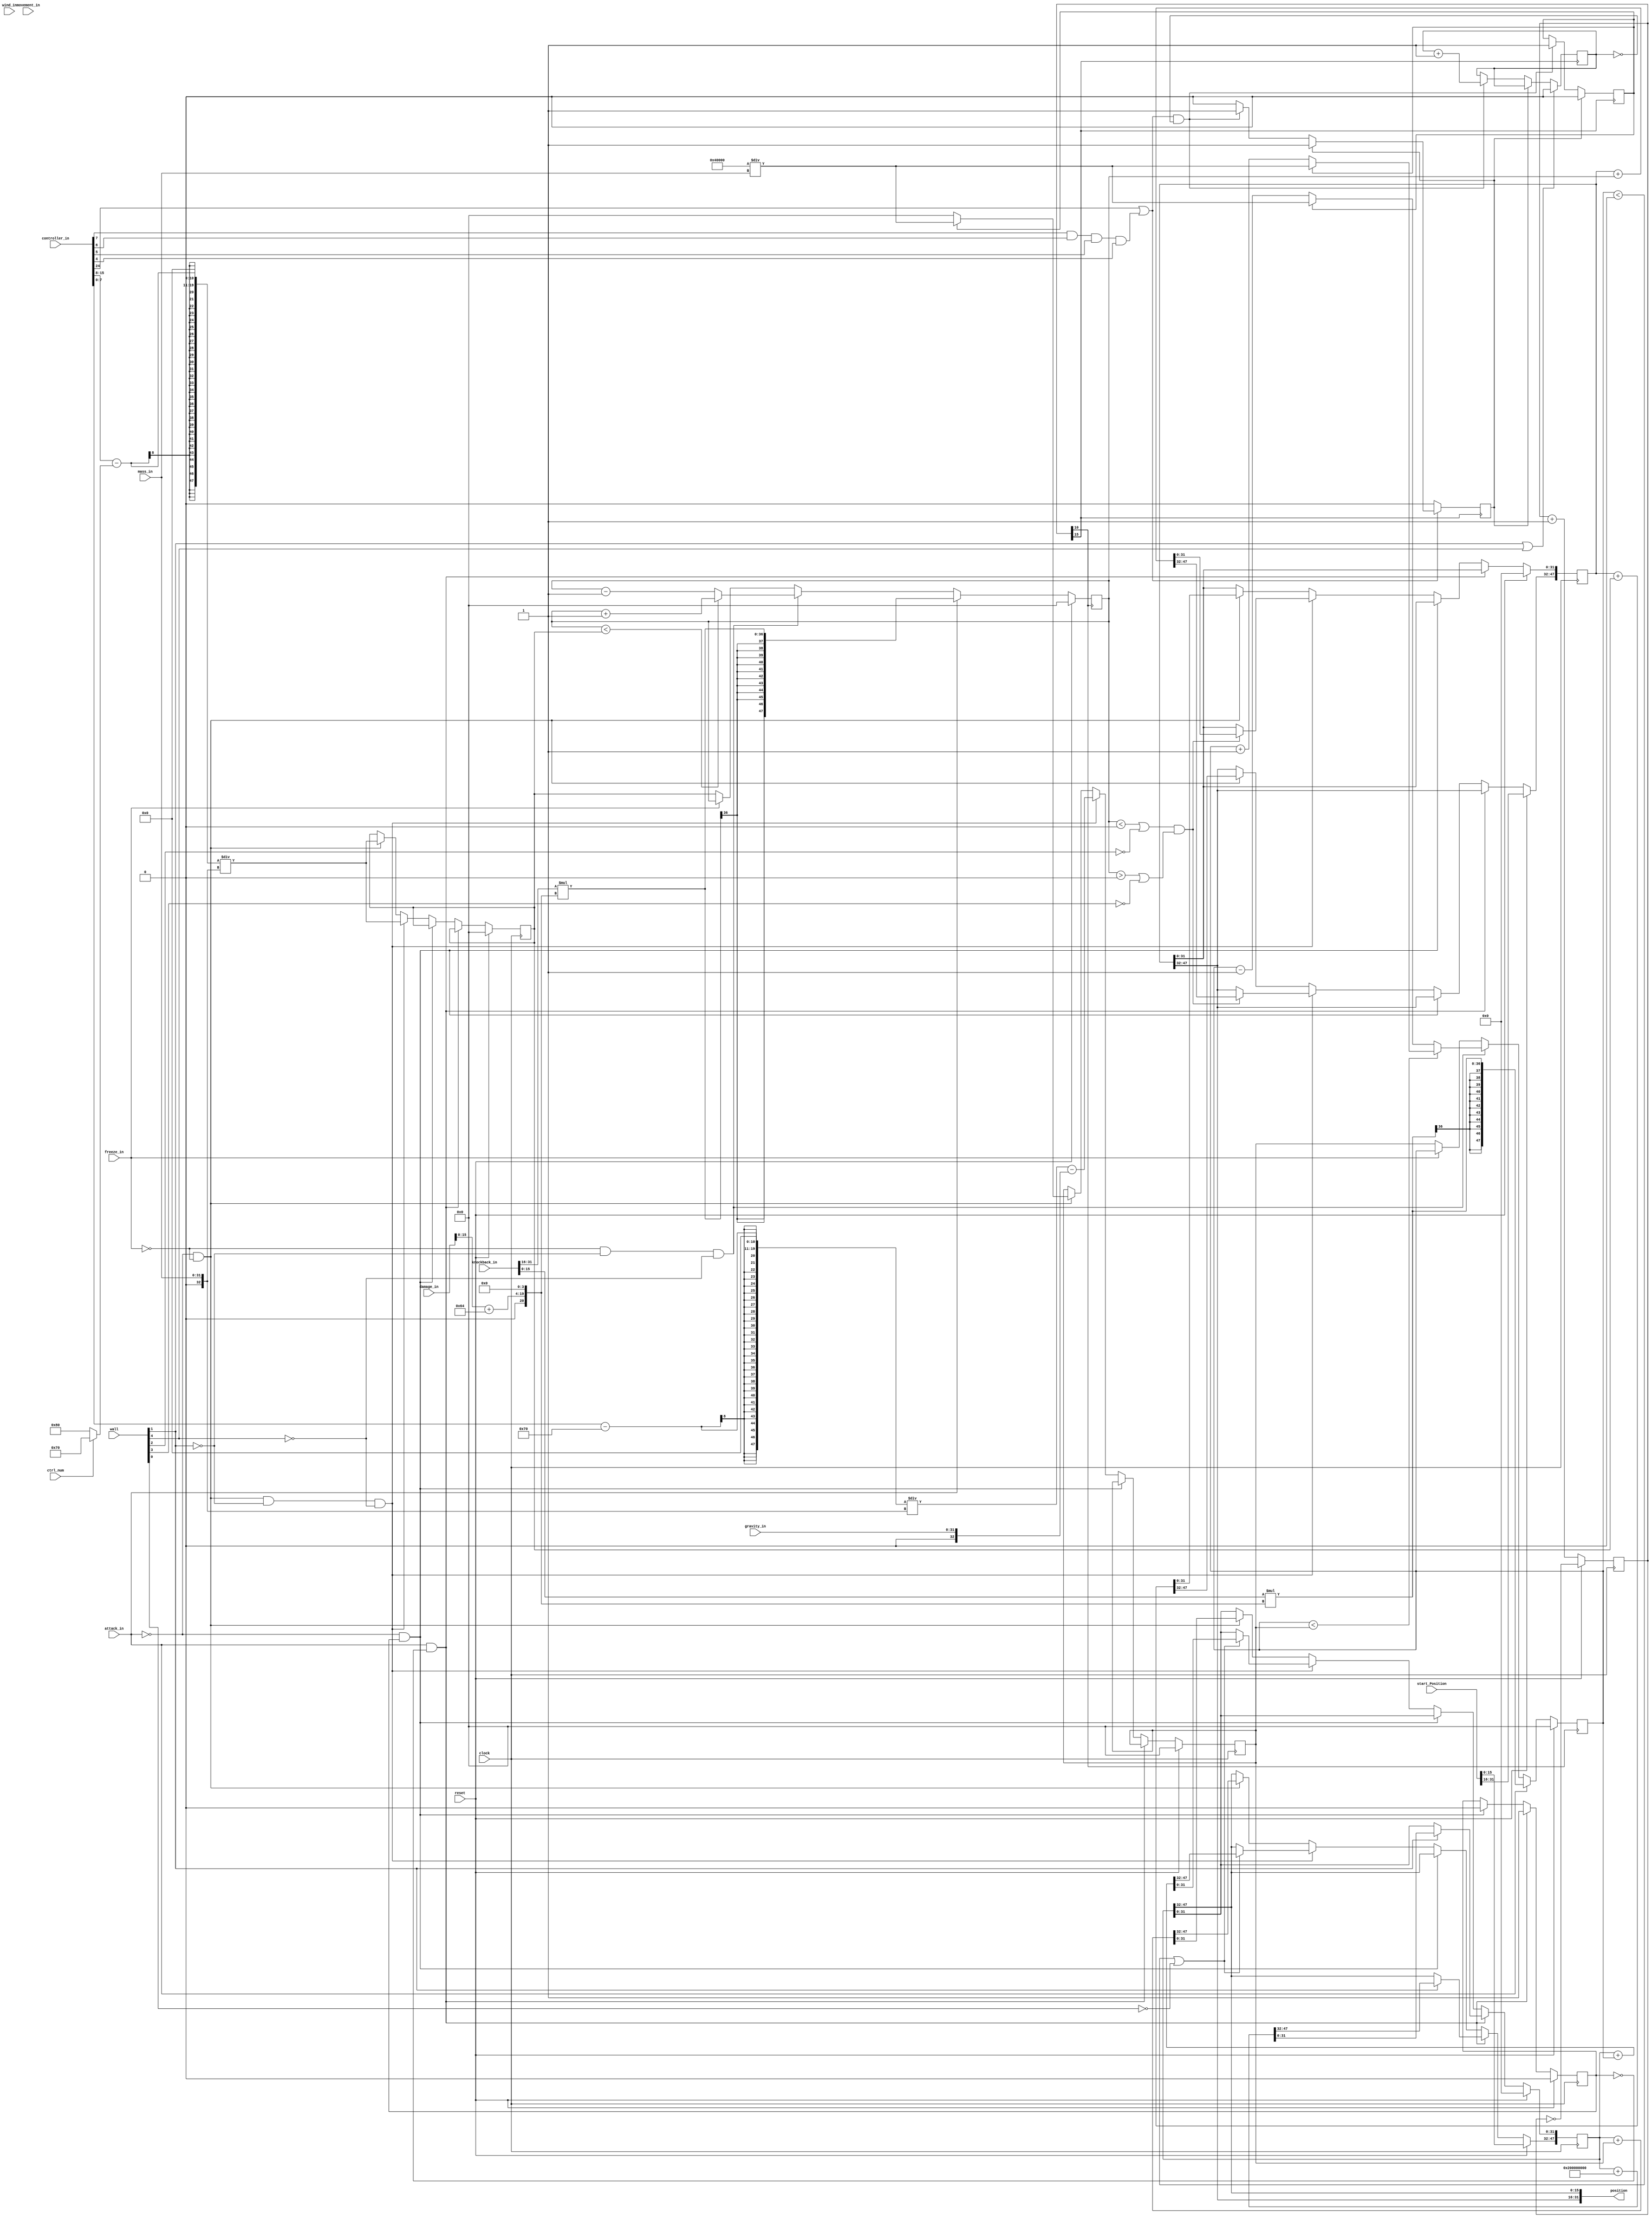
module physics_coprocessor(
	clock, reset, 			// Master clock, reset signals

	mass_in, gravity_in, wind_in, 	// Constants set for the player
	start_Position, 		// Starting position [x, y]

	controller_in, 			// Input from controller joystick
	knockback_in,			// Input from attack coprocessor
	attack_in,				// Input from attack coprocessor
	movement_in,			// Input from attack coprocessor
	damage_in,				// Input from register


	wall, 					// Hitting walls

	freeze_in,				// Holds player still
	
	ctrl_num,				// Indicates which joystick is used

	position 				// Output position [x, y]
);

	// Inputs
	input clock, reset;
	input [31:0] mass_in, gravity_in, wind_in;
	input [31:0] start_Position;
	input [31:0] controller_in, knockback_in, movement_in, damage_in;
	input [31:0] wall;
	input attack_in;
	input freeze_in;
	input ctrl_num;

	// Output Position
	output [31:0] position;

	// Input from Controller
	wire signed [8:0] joystick_x, joystick_y; // Unsigned values from 0 to 255 representing joystick position
	assign joystick_x[7:0] = controller_in[15:8];
	assign joystick_x[8] = 1'b0;
	assign joystick_y[7:0] = controller_in[7:0];
	assign joystick_y[8] = 1'b0;
	wire jump_pushed;
	wire platform_Thru;
	assign jump_pushed = controller_in[24] | (joystick_y[7] & joystick_y[6] & joystick_y[5] & joystick_y[4]); // Joystick Y 240 to 255 (up)
	assign platform_Thru = ~joystick_y[7] & ~joystick_y[6] & ~joystick_y[5] & ~joystick_y[4]; // Joystick Y 0 to 15 (down)
	
	// Input from Collisions
	wire wall_Left, wall_Right, wall_Up, wall_Down, platform_Down;
	assign wall_Left = wall[3];
	assign wall_Right = wall[2];
	assign wall_Up = wall[0];
	assign wall_Down = wall[1];
	assign platform_Down = wall[4];

	// Input Physics Parameters
	wire signed [47:0] mass, gravity, wind;
   wire signed [8:0] sjoy_x, sjoy_y;
	wire signed [47:0] damage_multiplier, move_x, move_y, kb_temp_x, kb_temp_y, knockback_x, knockback_y, movement_x, movement_y;
	assign mass[31:0] = mass_in;
	assign mass[47:32] = 16'b0;
	assign gravity[31:0] = gravity_in;
	assign gravity[47:32] = 16'b0;
	assign wind[31:0] = wind_in;
	assign wind[47:32] = 16'b0;
	assign sjoy_x = joystick_x - (ctrl_num ? 9'sb001110000 : 9'sb010000000); // Map joystick values to -128 to 127
	assign sjoy_y = joystick_y - 9'sb001110000; // Map joystick values to -128 to 127
	assign move_x[19:11] = sjoy_x;
	assign move_x[10:0] = 11'b0;
	assign move_y[19:11] = sjoy_y;
	assign move_y[10:0] = 11'b0;
	assign damage_multiplier[19:4] = damage_in[15:0] + 16'sd100;
	assign damage_multiplier[3:0] = 4'b0;
	assign damage_multiplier[47:20] = 28'b0;
	assign kb_temp_x[15:0] = knockback_in[31:16]; // Split knockback into x, y
	assign kb_temp_y[15:0] = knockback_in[15:0];
	assign movement_x[19:4] = movement_in[31:16]; // Split attack movement into x, y
	assign movement_y[19:4] = movement_in[15:0];
	assign movement_x[3:0] = 4'b0;
	assign movement_y[3:0] = 4'b0;
	genvar i;
	generate // Extend joystick, knockback values to 32 bit signed values
		for(i = 20; i < 48; i = i + 1) begin: signextend1
			assign move_x[i] = move_x[19];
			assign move_y[i] = move_y[19];
		end
		for(i = 16; i < 48; i = i + 1) begin: signextend2
			assign kb_temp_x[i] = knockback_in[31];
			assign kb_temp_y[i] = knockback_in[15];
		end
		for(i = 20; i < 48; i = i + 1) begin: signextend3
			assign movement_x[i] = movement_in[31];
			assign movement_y[i] = movement_in[15];
		end
	endgenerate
	assign knockback_x = kb_temp_x*damage_multiplier;
	assign knockback_y = kb_temp_y*damage_multiplier;

	 // X, Y position components
    reg signed [47:0] pos_x, pos_y;

    // Stored Values
    reg signed [47:0] vel_x, vel_y;
    reg signed [47:0] vel_x_t, vel_y_t;
	 
	 // Slowed clock for acceleration
	 reg [15:0] slowClock;
	 wire slowClockBit;
	 assign slowClockBit = slowClock[10];
	 always@(negedge clock) begin
		if(reset) slowClock <= ~slowClock;
		else slowClock <= slowClock + 16'd1;
	 end
	 
	 // Jump Control
	 reg jump, jump_prev, jump_count;
	 always@(posedge slowClock[15]) begin
	 		if(jump_prev) jump <= 1'b0;
			else if(jump_pushed & ~jump_count) begin
				jump <= 1'b1;
				jump_prev <= 1'b1;
				jump_count <= jump_count + 1'b1;
			end
			if(~jump_pushed) begin
				jump_prev <= 1'b0;
			end
			if(wall_Down | platform_Down) jump_count <= 1'b0;
	 end

    // Attack start, end
    reg attack_prev;

    // Separate input, output components
    assign position[31:16] = pos_x[47:32];
    assign position[15:0] = pos_y[47:32];

    // Update values every cycle
    always@(posedge clock) begin
	 
		// Reset
		if(reset) begin
			attack_prev <= 1'b0;
		   vel_x_t <= 48'b0;
			vel_y_t <= 48'b0;
			pos_x [47:32] <= start_Position[31:16];
			pos_x [31:0] <= 32'b0;
			pos_y [47:32] <= start_Position[15:0];
			pos_y [31:0] <= 32'b0;
		end
		
		// Knockback application when attacked
		else if(attack_in & ~attack_prev) begin
			attack_prev <= 1'b1;
			if(wall_Down) pos_y <= pos_y + 48'h000200000000;
		end
		else if(~attack_in & attack_prev) begin
			attack_prev <= 1'b0;
		end			

    	// Acceleration, position update for in air
    	else if(~attack_in & ~freeze_in & ~wall_Down & ~platform_Down) begin
    		vel_x_t <= move_x / mass;// - vel_x * vel_x * vel_x / wind;
    		vel_y_t <= move_y / mass - gravity;// - vel_y * vel_y * vel_y / wind;
    		if((vel_x < 48'sb0 | ~wall_Right) & (vel_x > 48'sb0 | ~wall_Left)) pos_x <= pos_x + vel_x;
    		if(vel_y < 48'sb0 | ~wall_Up) pos_y <= pos_y + vel_y;
    	end

    	// Acceleration, velocity update for on ground
    	else if(~attack_in & ~freeze_in) begin
    		vel_x_t <= move_x / mass;
    		vel_y_t <= jump ? (48'h000000040000 / mass) : 48'b0;
    		pos_x <= pos_x + vel_x_t;
         pos_y <= pos_y + vel_y_t;
    	end

    end
	 	 
	 always@(posedge slowClockBit) begin
				
		// Reset
		if(reset) begin
			vel_x <= 48'b0;
			vel_y <= 48'b0;
		end
		
		// Attack velocity update
		else if(attack_in) begin
			vel_x <= knockback_x;
			vel_y <= knockback_y;
		end

    	// Acceleration, velocity update for in air
    	else if(~freeze_in & ~wall_Down & ~platform_Down) begin
    		if(vel_x < vel_x_t) vel_x <= vel_x + 48'd1;
   		else vel_x <= vel_x - 48'd1;
    		if(vel_y < vel_y_t) vel_y <= jump ? (48'h000000040000 / mass) : (vel_y + 48'd1);
    		else vel_y <= jump ? (48'h000000040000 / mass) : (vel_y - 48'd1);
    	end
		
		// Acceleration, velocity update for on ground
    	else if(~freeze_in) begin
    		vel_x <= vel_x_t;
			vel_y <= vel_y_t;
    	end

	 end

endmodule